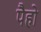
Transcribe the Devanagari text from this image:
पैहो